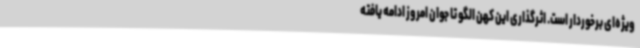
ویژه‌ای برخوردار است. اثرگذاری این کهن الگو تا جوان امروز ادامه یافته